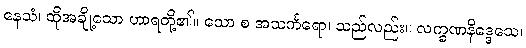
နေသံ၊ ထိုအချို့သော ဟာရတို့၏။ သော စ အသင်္ကရော၊ သည်လည်း။ လက္ခဏနိဒ္ဒေသေ၊